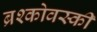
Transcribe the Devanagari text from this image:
ब्रश्कोवस्की